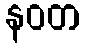
နဝတ